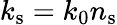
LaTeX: k_{\mathrm{s}}=k_{0}n_{\mathrm{s}}